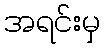
အရင်းမှ